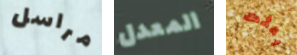
مراسل المعدل بعثت